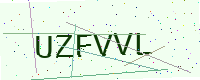
Text: UZFVVL